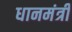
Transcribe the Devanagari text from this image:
धानमंत्री